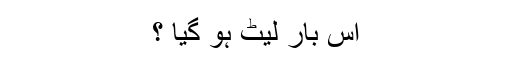
اِس بار لیٹ ہو گیا ؟